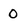
Character: 0